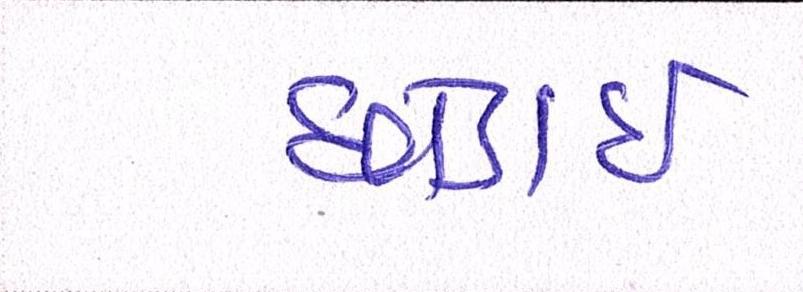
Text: છોડાઈ